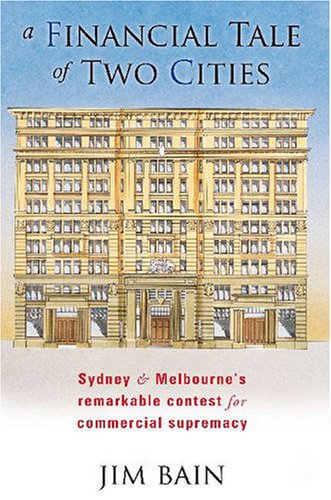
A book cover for A Financial Tale of Two Cities: Sydney and Melbourne's Remarkable Contest for Commercial Supremacy; Jim Bain; Business & Money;